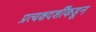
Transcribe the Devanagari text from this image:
प्रत्यक्षदर्शींकडून